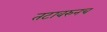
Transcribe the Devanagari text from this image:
तटावरुनच